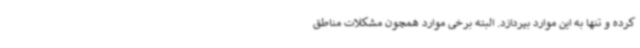
کرده و تنها به این موارد بپردازد. البته برخی موارد همچون مشکلات مناطق